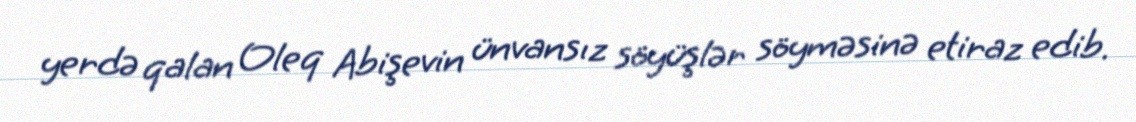
yerdə qalan Oleq Abişevin ünvansız söyüşlər söyməsinə etiraz edib.